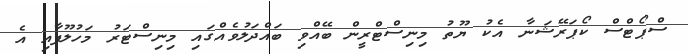
ސްޕޯޓްސް ކޯޕަރޭޝަނާ އެކު ޔޫތު މިނިސްޓްރީން ބޭއްވި ބައްދަލުވެއްގައި މިނިސްޓަރު މަހުލޫފާއި އެ